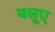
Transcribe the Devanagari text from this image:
बलूए